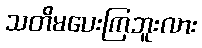
သတိမပေးကြဘူးလား